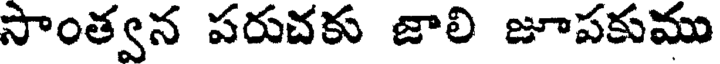
సాంత్వన పరుచకు జాలి జూపకుము